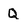
Character: Q